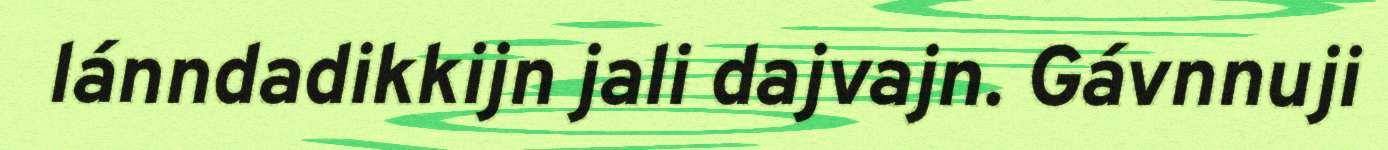
lánndadikkijn jali dajvajn. Gávnnuji